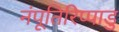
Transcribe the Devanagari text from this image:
नंपूतिरिप्पाडु